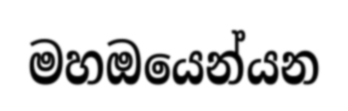
මහඔයෙන්යන